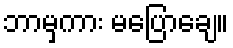
ဘာမှကား မပြောချေ။